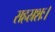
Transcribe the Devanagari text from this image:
सहस्रशः।